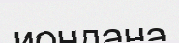
иондана